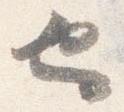
也